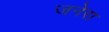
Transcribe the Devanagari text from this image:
जनेरा